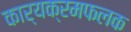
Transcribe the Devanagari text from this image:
कार्यक्रमफलक